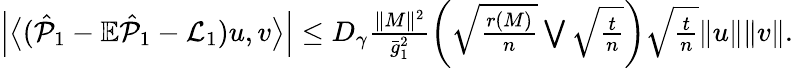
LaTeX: \begin{array}{r}{\left|\big\langle(\hat{{\cal P}}_{1}-\mathbb{E}\hat{{\cal P}}_{1}-{\cal L}_{1})u,v\big\rangle\right|\le D_{\gamma}\frac{\| M\| ^{2}}{\bar{g}_{1}^{2}}\left(\sqrt{\frac{r(M)}{n}}\bigvee\sqrt{\frac{t}{n}}\right)\sqrt{\frac{t}{n}}\| u\| \| v\| .}\end{array}